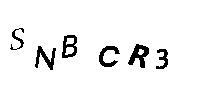
SNBCR3